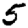
Digit: 5